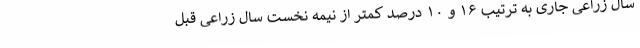
سال زراعی جاری به ترتیب ۱۶ و ۱۰ درصد کمتر از نیمه نخست سال زراعی قبل